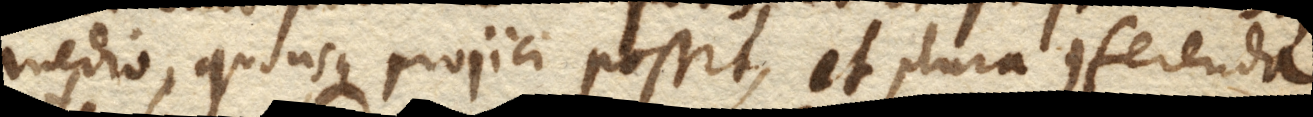
medio, quousque projici possit, et plura conferenda